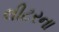
લીટરના